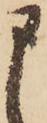
申